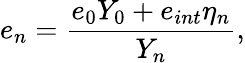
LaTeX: e_{n}=\frac{e_{0}Y_{0}+e_{int}\eta_{n}}{Y_{n}},